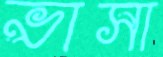
ভাসা